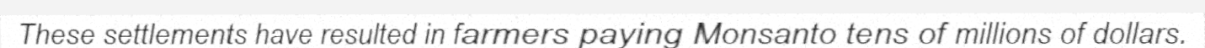
These settlements have resulted in farmers paying Monsanto tens of millions of dollars.